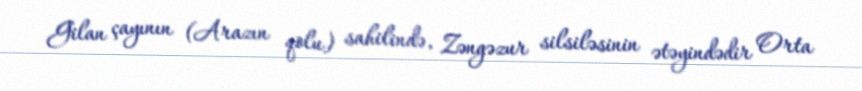
Gilan çayının (Arazın qolu) sahilində, Zəngəzur silsiləsinin ətəyindədir Orta